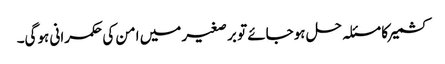
کشمیر کا مسئلہ حل ہوجائے تو بر صغیر میں امن کی حکمرانی ہوگی۔